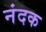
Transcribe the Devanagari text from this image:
नंदक